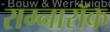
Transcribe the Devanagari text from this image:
राग्नारॉक